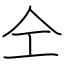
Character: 仝